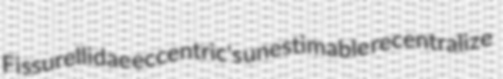
Fissurellidae eccentric's unestimable recentralize